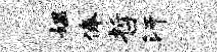
媪俸哲汗